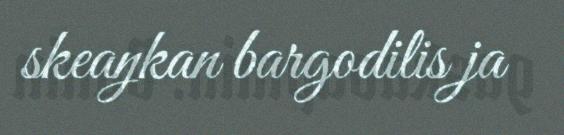
skeaŋkan bargodilis ja